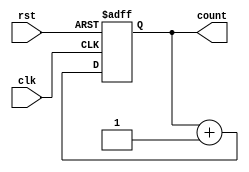
//4 bit counter with asynchronous reset
//----------------------------------
// Type : module
// Contact : mathewtg.mec@gmail.com
//------------------
//------------------
// Notes :- Procedural Model

module counter4bitasync_proc (clk,rst,count);
 input clk,rst;
 output reg [3:0]count;

 always @ (posedge clk, posedge rst)
  begin
   if (rst)
    count <= 0;
   else
    count <= count + 1;
  end

endmodule